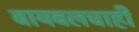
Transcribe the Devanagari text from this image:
बायबलचाही